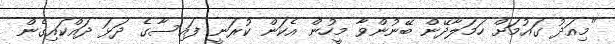
"މިއަދު ގައުމަށް ހަމަލާދޭން ބޭނުންވާ މީހުން އެކަން ކުރަނީ ފައިސާގެ ދަޅަ ދައްކައިގެން